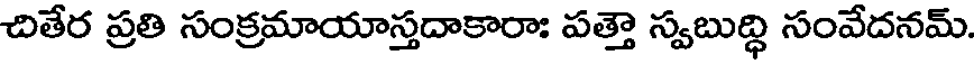
చితేర ప్రతి సంక్రమాయాస్తదాకారాః పత్తౌ స్వబుద్ధి సంవేదనమ్.